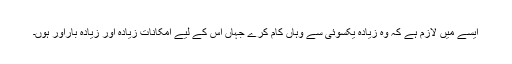
ایسے میں لازم ہے کہ وہ زیادہ یکسوئی سے وہاں کام کرے جہاں اس کے لیے امکانات زیادہ اور زیادہ بارآور ہوں۔